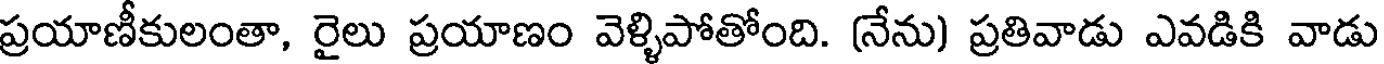
ప్రయాణీకులంతా, రైలు ప్రయాణం వెళ్ళిపోతోంది. (నేను) ప్రతివాడు ఎవడికి వాడు